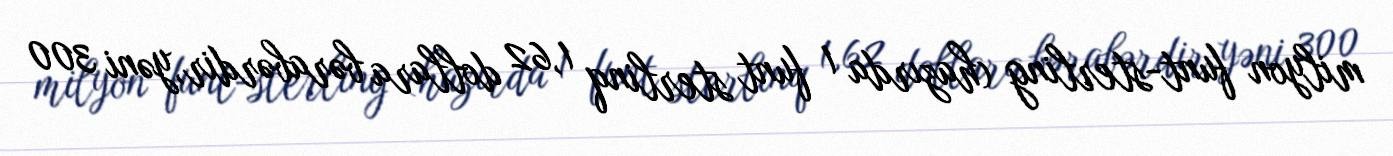
milyon funt-sterling (hazırda 1 funt sterlinq 1,62 dollara bərabərdir,yəni 300